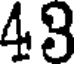
43